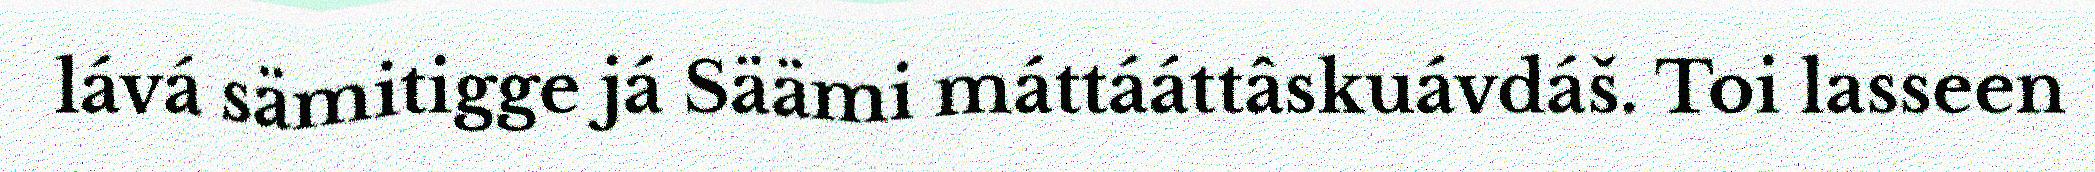
lává sämitigge já Säämi máttááttâskuávdáš. Toi lasseen